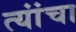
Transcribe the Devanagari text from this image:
त्यांंचा